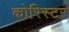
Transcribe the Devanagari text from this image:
कोरिस्टर